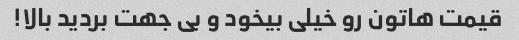
قیمت هاتون رو خیلی بیخود و بی جهت بردید بالا!